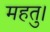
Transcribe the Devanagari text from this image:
महतु।